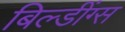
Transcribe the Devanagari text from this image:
बिल्डींग्स